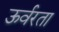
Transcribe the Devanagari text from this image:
ऊर्वरता